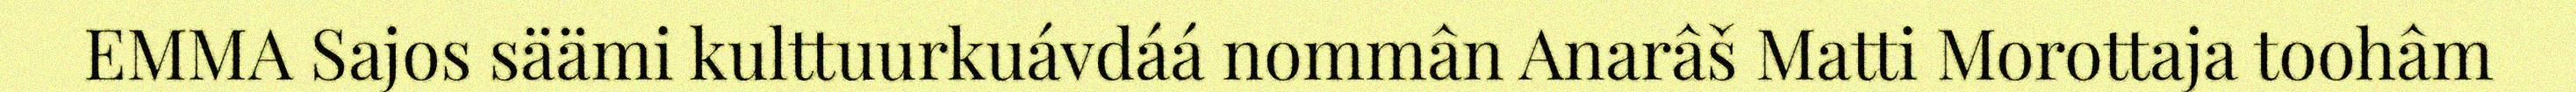
EMMA Sajos säämi kulttuurkuávdáá nommân Anarâš Matti Morottaja toohâm